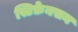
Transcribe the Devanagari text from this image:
स्टिफ़ेनसन